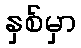
နှစ်မှာ